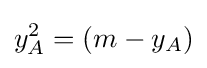
y_{A}^{2}=(m-y_{A})